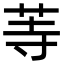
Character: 䓁